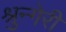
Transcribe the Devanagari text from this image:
श्रुन्गेरी